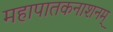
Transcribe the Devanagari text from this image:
महापातकनाशनम्‌